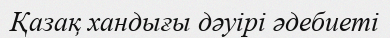
Қазақ хандығы дәуірі әдебиеті